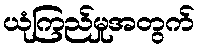
ယုံကြည်မှုအတွက်